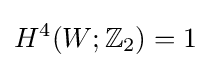
H^{4}(W;\mathbb {Z} _{2})=1